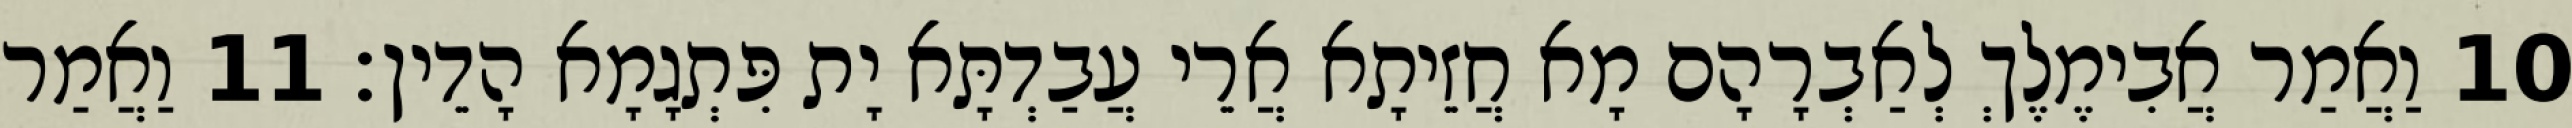
10 וַאֲמַר אֲבִימֶלֶךְ לְאַבְרָהָם מָא חֲזֵיתָא אֲרֵי עֲבַדְתָּא יָת פִּתְגָמָא הָדֵין׃ 11 וַאֲמַר